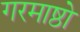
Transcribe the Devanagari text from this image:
गरमाष्ठो